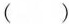
( )